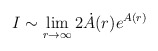
\begin{align*}I \sim \lim_{r \to \infty} 2 \dot{A}(r) e^{A(r)}\end{align*}